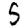
Digit: 5